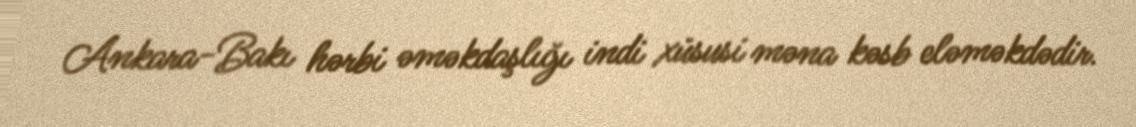
Ankara-Bakı hərbi əməkdaşlığı indi xüsusi məna kəsb eləməkdədir.